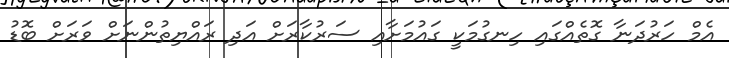
އެމް ހަރުދަނާ ގޮތެއްގައި ހިނގުމަކީ ގައުމަށާއި ސަރުކާރަށް އަދި ރައްޔިތުންނަށް ވަރަށް ބޮޑު